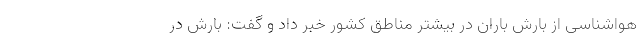
هواشناسی از بارش باران در بیشتر مناطق کشور خبر داد و گفت: بارش‌ در